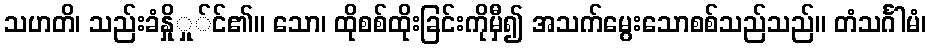
သဟတိ၊ သည်းခံနှိုှု်င်၏။ သော၊ ထိုစစ်ထိုးခြင်းကိုမှီ၍ အသက်မွေးသောစစ်သည်သည်။ တံသင်္ဂါမံ၊